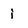
Character: j